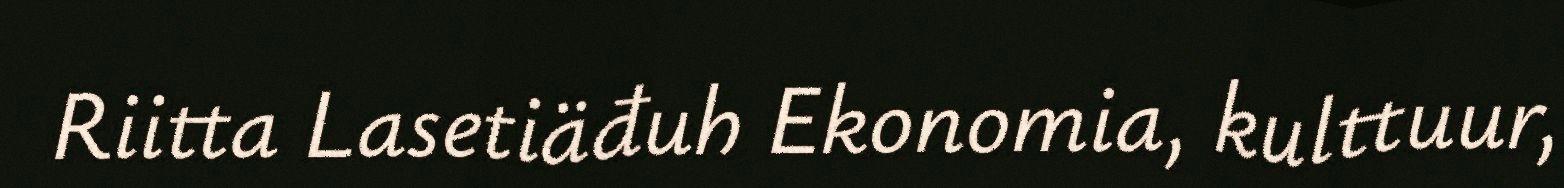
Riitta Lasetiäđuh Ekonomia, kulttuur,